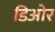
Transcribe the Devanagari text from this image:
डिओर